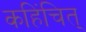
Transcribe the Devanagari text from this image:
कहिंचित्‌